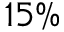
1 5 \%